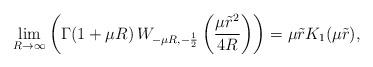
\begin{align*}\lim_{R \rightarrow \infty} \left(\Gamma(1+\mu R)\, W_{-\mu R,-\frac{1}{2}}\left(\frac{\mu \tilde{r}^2}{4R}\right)\right) = \mu \tilde{r} K_1(\mu\tilde{r}),\end{align*}